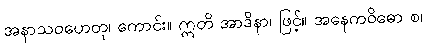
အနာသဝဟေတု၊ ကောင်း။ ဣတိ အာဒိနာ၊ ဖြင့်။ အနေကဝိဓော စ၊